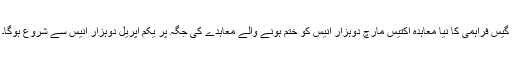
گیس فراہمی کا نیا معاہدہ اکتیس مارچ دوہزار انیس کو ختم ہونے والے معاہدے کی جگہ پر یکم اپریل دوہزار انیس سے شروع ہوگا۔